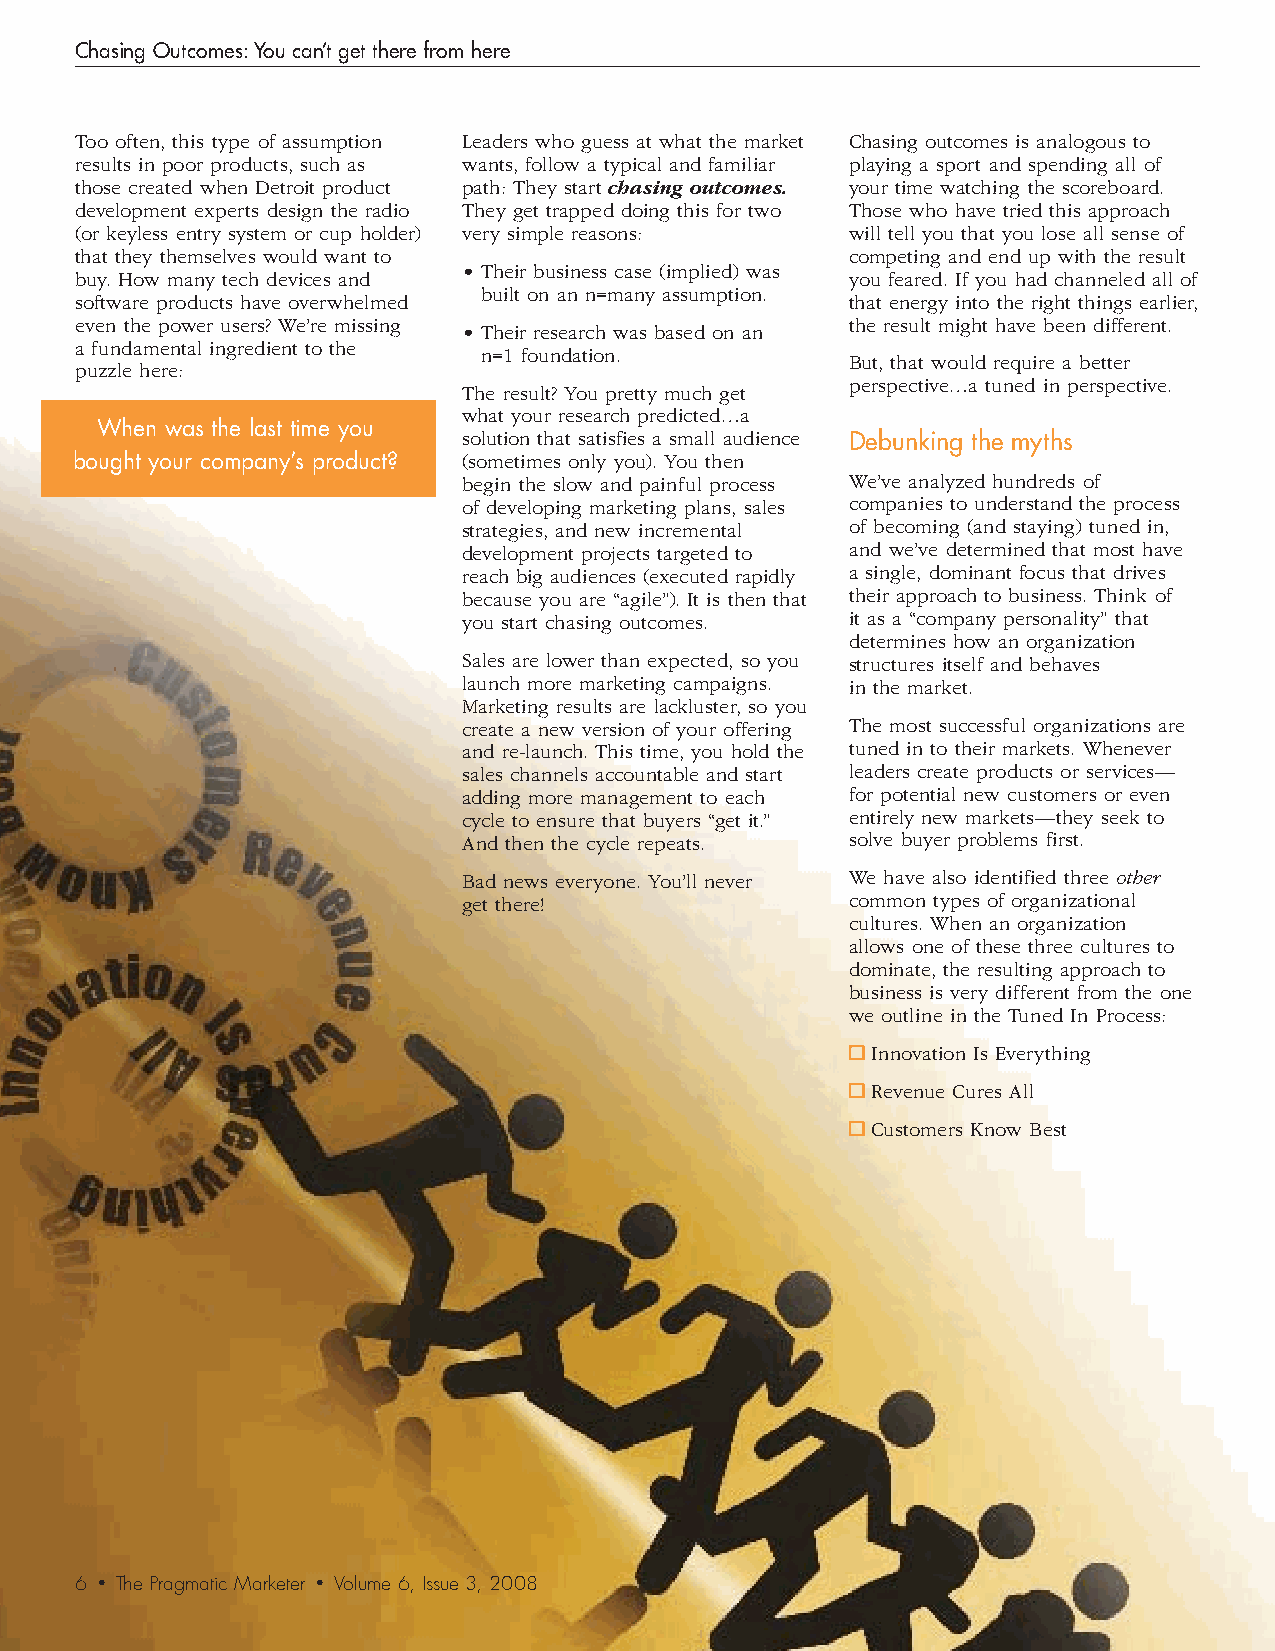
Chasing Outcomes: You can’t get there from here
 Too often, this type of assumption Leaders who guess at what the market Chasing outcomes is analogous to
 results in poor products, such as wants, follow a typical and familiar playing a sport and spending all of
 those created when Detroit product path: They start chasing outcomes. your time watching the scoreboard.
 development experts design the radio They get trapped doing this for two Those who have tried this approach
 (or keyless entry system or cup holder) very simple reasons: will tell you that you lose all sense of
 that they themselves would want to                 competing and end up with the result
 • Their business case (implied) was
 buy. How many tech devices and                     you feared. If you had channeled all of
 built on an n=many assumption.
 software products have overwhelmed                 that energy into the right things earlier,
 even the power users? We’re missing                the result might have been different.
 • Their research was based on an
 a fundamental ingredient to the
 n=1 foundation.
 But, that would require a better
 puzzle here:
 perspective…a tuned in perspective.
 The result? You pretty much get
 what your research predicted…a
 When was the last time you
 solution that satisfies a small audience Debunking the myths
 bought your company’s product? (sometimes only you). You then
 begin the slow and painful process We’ve analyzed hundreds of
 of developing marketing plans, sales companies to understand the process
 strategies, and new incremental of becoming (and staying) tuned in,
 development projects targeted to and we’ve determined that most have
 reach big audiences (executed rapidly a single, dominant focus that drives
 because you are “agile”). It is then that their approach to business. Think of
 you start chasing outcomes. it as a “company personality” that
 determines how an organization
 Sales are lower than expected, so you structures itself and behaves
 launch more marketing campaigns. in the market.
 Marketing results are lackluster, so you
 create a new version of your offering The most successful organizations are
 and re-launch. This time, you hold the tuned in to their markets. Whenever
 sales channels accountable and start leaders create products or services—
 adding more management to each for potential new customers or even
 cycle to ensure that buyers “get it.” entirely new markets—they seek to
 And then the cycle repeats. solve buyer problems first.
 Bad news everyone. You’ll never We have also identified three other
 get there!               common types of organizational
 cultures. When an organization
 allows one of these three cultures to
 dominate, the resulting approach to
 business is very different from the one
 we outline in the Tuned In Process:
 Innovation Is Everything
 Revenue Cures All
 Customers Know Best
 6 • The Pragmatic Marketer • Volume 6, Issue 3, 2008